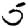
Digit: 5